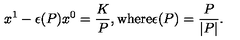
x ^ { 1 } - \epsilon ( P ) x ^ { 0 } = \frac { K } { P } , \mathrm { w h e r e } \epsilon ( P ) = \frac { P } { | P | } .